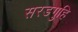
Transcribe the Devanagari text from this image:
सरडगुहि